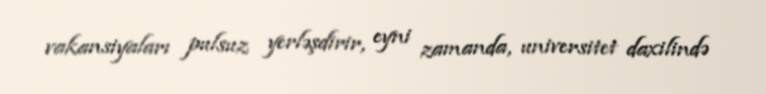
vakansiyaları pulsuz yerləşdirir, eyni zamanda, universitet daxilində